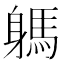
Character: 𨉸